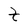
Character: t